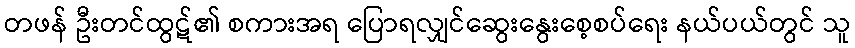
တဖန် ဦးတင်ထွဋ်၏ စကားအရ ပြောရလျှင်ဆွေးနွေးစေ့စပ်ရေး နယ်ပယ်တွင် သူ